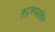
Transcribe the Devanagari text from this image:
कुटुंबपद्धतीत